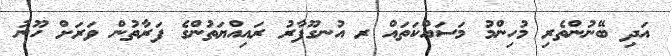
އަދި ބޭނުންތެރި މުހިންމު މަސައްކަތައް ރ އުނގޫފާރު ރައިއްޔަތުންގެ ފަރާތުން ވަރަށް ހޫނު